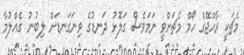
މެޗަކީ ރާއްޖޭގެ ހޯމް މެޗަށްވީ ނަމަވެސް ގަލޮޅު ދަނޑުގެ ވިނަގަނޑަށް ލިބުނު ގެއްލުމާ